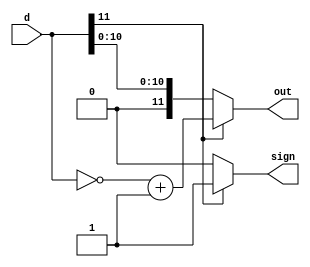
`timescale 1ns / 1ps
//////////////////////////////////////////////////////////////////////////////////
// Company: 
// Engineer: 
// 

// Design Name: 
// Module Name:    floatingpoint 
// Project Name: 
// Target Devices: 
// Tool versions: 
// Description: 
//
// Dependencies: 
//
// Revision: 
// Revision 0.01 - File Created
// Additional Comments: 
//
//////////////////////////////////////////////////////////////////////////////////
module signMagnitude(
	input wire[11:0]  d,
	output wire sign,
	output wire[11:0] out
);

	assign sign = (d[11]==1'b1) ? 1'b1 : 1'b0;
	assign out = (d[11]==1'b0) ? d[11:0] : ~d[11:0] + 12'b1;

endmodule


module countZerosExtractData(
	input wire [11:0] d,
	output reg [2:0] exponent,
	output reg [3:0] significand,
	output reg fifthBit
);
	reg [3:0] i;
	reg [3:0] leadingZeros;
	
	always @(*) begin
		if (d[10]==1)
			i=10;
		else if (d[9]==1)
			i=9;
		else if (d[8]==1)
			i=8;
		else if (d[7]==1)
			i=7;
		else if (d[6]==1)
			i=6;
		else if (d[5]==1)
			i=5;
		else if (d[4]==1)
			i=4;
		else
			i=3;
		
		leadingZeros = 11-i;
		exponent = 8-leadingZeros;

		significand[3] = d[i];
		significand[2] = d[i-1];
		significand[1] = d[i-2];
		significand[0] = d[i-3];
		
		fifthBit = (i==3) ? 0 : d[i-4];
	end
endmodule

// if significand 1111, make it 1000, add 1 to exp
// else add 1 dep on fifthbit+
module round(
	input wire [2:0] exponent,
	input wire [3:0] significand,
	input wire fifthBit,
	output reg [2:0] exponent_out,
	output reg [3:0] significand_out
);

	always @(*) begin

		exponent_out = exponent;
		significand_out = significand;
		
		if (fifthBit == 1'b1) begin
			if (significand == 4'b1111) begin
				significand_out = 4'b1000;
				exponent_out = exponent + 3'b001;
			end
			else
				significand_out = significand + 4'b0001;
		end	
	end

endmodule

// edge cases -- every thing is all 1's
// everything is all 0's

module FPCVT(
	input wire [11:0]  d,
	output wire sign,
	output wire [2:0] exp,
	output wire [3:0] sig
);

	wire [11:0] smag;
	wire [2:0] exponent;
	wire [2:0] exp_alpha;
	wire [3:0] significand;
	wire [3:0] significand_alpha;
	wire fifthBit;
	signMagnitude sM_1 ( d, sign, smag);
	countZerosExtractData cZ_2 (smag, exponent,significand,fifthBit);
	round r_3( exponent,significand,fifthBit, exp_alpha, significand_alpha);

	assign exp = (smag[10:7] == 4'b1111) ? 
		3'b111 : ((d[11]==1 && d[10:0] ==0) ? 
		3'b111 : exp_alpha);
	assign sig = (smag[10:7] == 4'b1111) ? 
		4'b1111 : ((d[11]==1 && d[10:0] ==0) ? 
		4'b1111 : significand_alpha);

endmodule